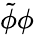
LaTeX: \tilde{\phi}\phi